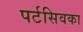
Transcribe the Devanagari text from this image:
पर्टसिवका